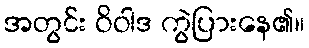
အတွင်း ဝိဝါဒ ကွဲပြားနေ၏။